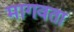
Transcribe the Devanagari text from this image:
मागवता